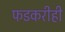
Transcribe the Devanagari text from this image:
फडकरीही